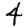
Digit: 4